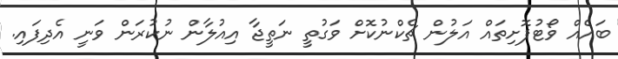
ބައެއް ވޯޓުފޮށިތައް އަލުން ޗެކްނުކޮށް ވަގުތީ ނަތީޖާ އިއުލާން ނުކުރަން ވަނީ އެދިފައި.